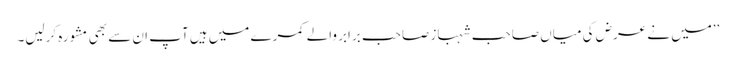
’’میں نے عرض کی میاں صاحب شہباز صاحب برابر والے کمرے میں ہیں آپ ان سے بھی مشورہ کرلیں۔